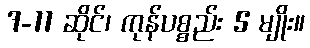
7-11 ဆိုင်၊ ကုန်ပစ္စည်း 5 မျိုး။